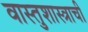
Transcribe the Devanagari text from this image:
वास्तुशास्त्राची